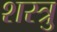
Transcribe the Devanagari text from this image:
शस्त्रु